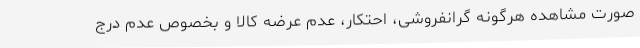
صورت مشاهده هرگونه گرانفروشی، احتکار، عدم عرضه کالا و بخصوص عدم درج